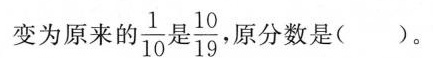
变为原来的 \frac{1}{10}是\frac{10}{19} 。原分数是( )。